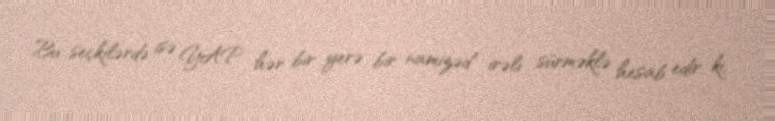
Bu seçkilərdə isə YAP hər bir yerə bir namizəd irəli sürməklə hesab edir ki,